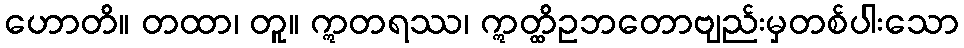
ဟောတိ။ တထာ၊ တူ။ ဣတရဿ၊ ဣတ္ထိဥဘတောဗျည်းမှတစ်ပါးသော